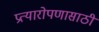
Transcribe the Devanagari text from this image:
प्रत्यारोपणासाठी